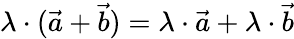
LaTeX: \lambda\cdot({\vec{a}}+{\vec{b}})=\lambda\cdot{\vec{a}}+\lambda\cdot{\vec{b}}